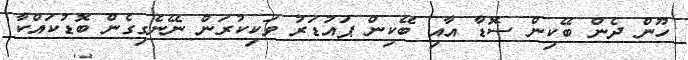
ހޫން ދެން ބޭކިން ސޮޑާ އާއި ބޭކިން ޕައުޑަރު ވަކިކުރަން ނޭނެގިގެން ބޮޑުކައްކާ